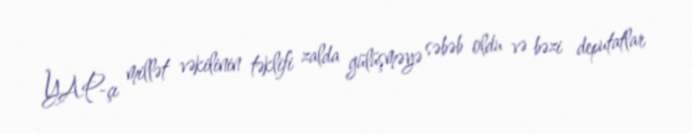
YAP-çı millət vəkilinin təklifi zalda gülüşməyə səbəb oldu və bəzi deputatlar